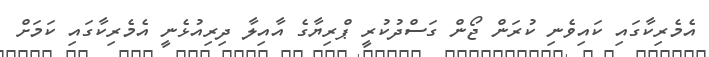
އެމެރިކާގައި ކައިވެނި ކުރަން ޖޯން ގަސްދުކުރީ ޕްރިޔާގެ އާއިލާ ދިރިއުޅެނީ އެމެރިކާގައި ކަމަށް